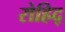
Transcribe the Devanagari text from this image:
रोहिद्